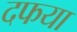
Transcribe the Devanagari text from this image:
दफया